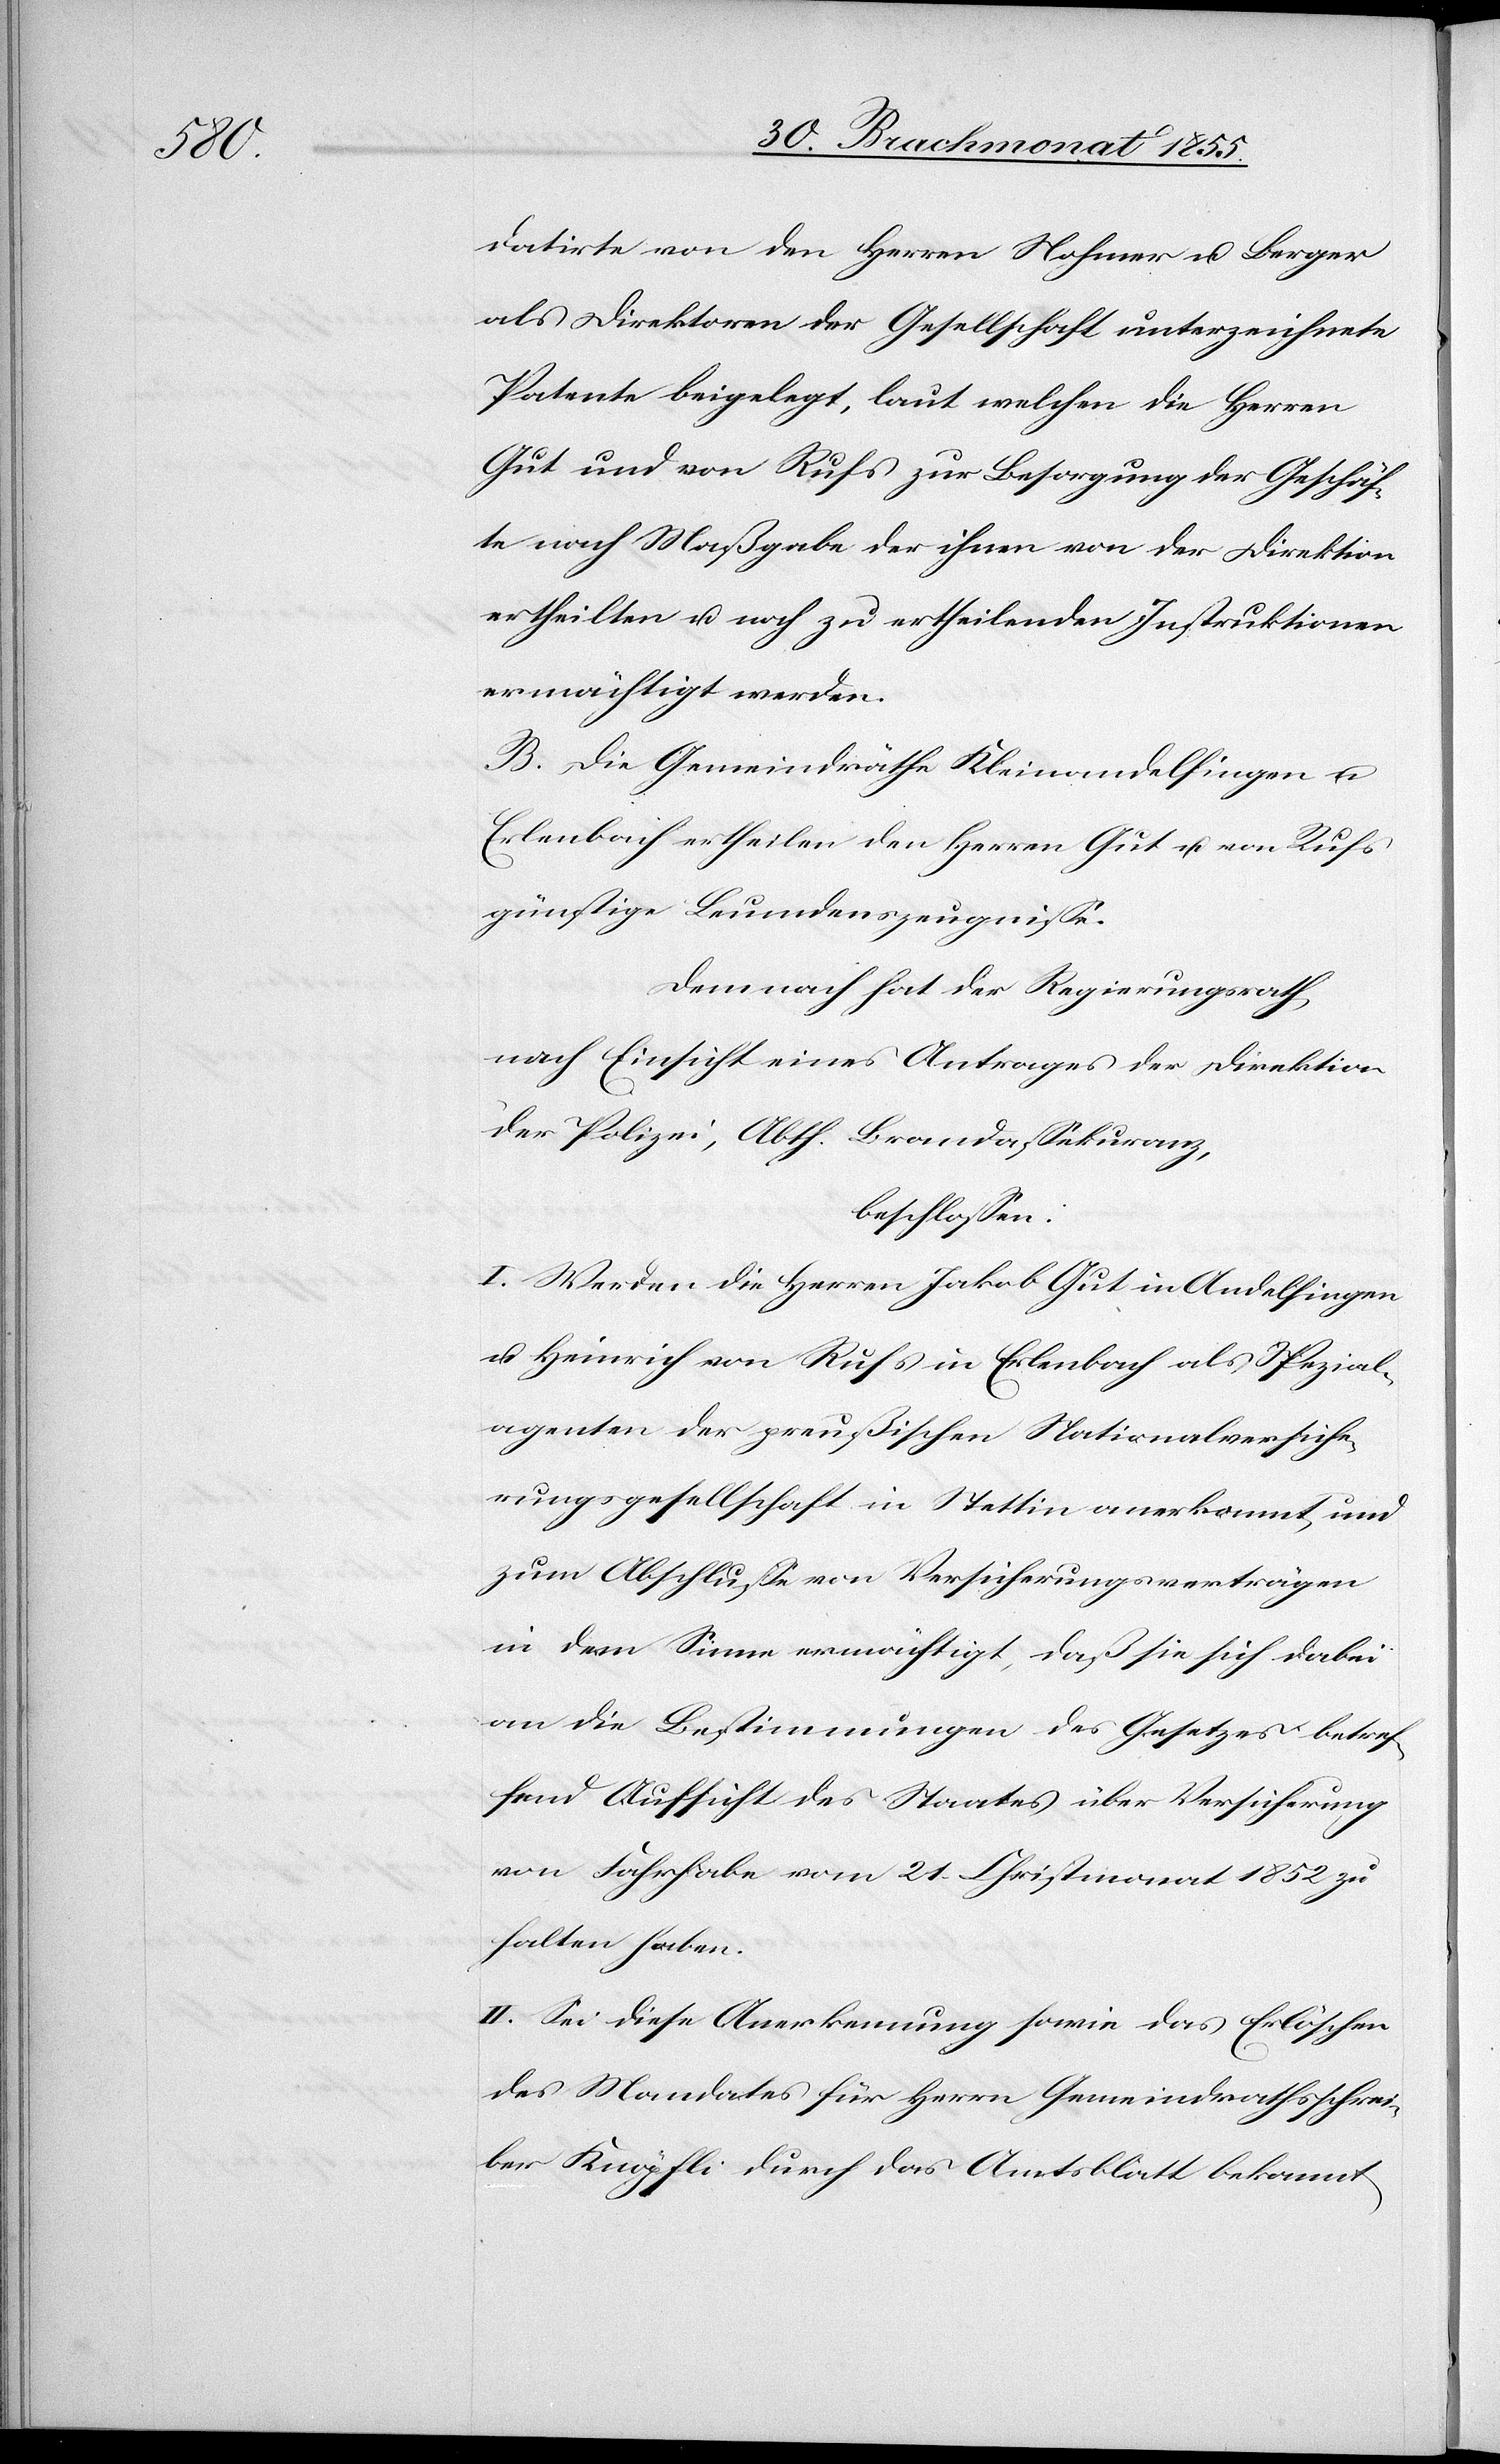
datirte von den Herren Nohmer u. Berger
als Direktoren der Gesellschaft unterzeichnete
Patente beigelegt, laut welchen die Herren
Gut und von Rufs zur Besorgung der Geschäf¬
te nach Maßgabe der ihnen von der Direktion
ertheilten u. noch zu ertheilenden Instruktionen
ermächtigt werden.
B. Die Gemeindräthe Kleinandelfingen u.
Erlenbach ertheilen den Herren Gut u. von Rufs
günstige Leumdenszeugnisse.
Demnach hat der Regierungsrath,
nach Einsicht eines Antrages der Direktion
der Polizei, Abth. Brandassekuranz,
beschlossen:
I. Werden die Herren Jakob Gut in Andelfingen
u. Heinrich von Rufs in Erlenbach als Spezial¬
agenten der preußischen Nationalversiche¬
rungsgesellschaft in Stettin anerkannt, und
zum Abschlusse von Versicherungsverträgen
in dem Sinne ermächtigt, daß sie sich dabei
an die Bestimmungen des Gesetzes betref¬
fend Aufsicht des Staates über Versicherung
von Fahrhabe vom 21. Christmonat 1852 zu
halten haben.
II. Sei diese Anerkennung sowie das Erlöschen
des Mandates für Herrn Gemeindrathsschrei¬
ber Knöpfli durch das Amtsblatt bekannt